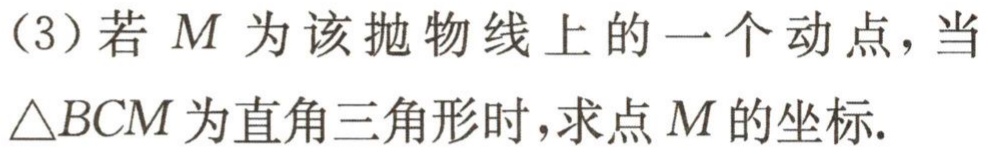
(3)若\(M\)为该抛物线上的一个动点，当\(\triangle BCM\)为直角三角形时，求点\(M\)的坐标.